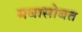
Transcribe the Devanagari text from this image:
मधासोबत